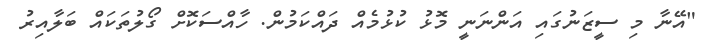
"އޭނާ މި ސީޒަނުގައި އަންނަނީ މޮޅު ކުޅުމެއް ދައްކަމުން. ހާއްސަކޮށް ގޯލުތަކައް ބަލާއިރު